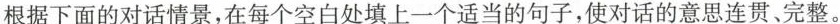
根据下面的对话情景,在每个空白处填上一个适当的句子,使对话的意思连贯、完整.